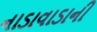
નાડાવાડાની